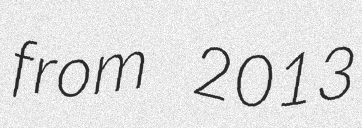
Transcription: from 2013